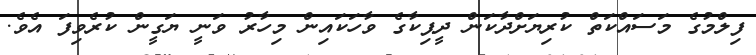
ފިލްމުގެ މަސައްކަތް ކުރިޔަށްދާކަން ދީޕިކާގެ ވާހަކައިން މިހާރު ވަނީ ޔަގީން ކުރެވިފަ އެވެ.